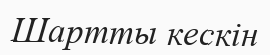
Шартты кескін